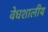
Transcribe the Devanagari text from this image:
वेधशालीय